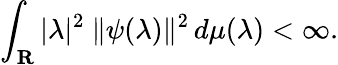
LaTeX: \int_{\mathbf{R}}|\lambda|^{2}\ \| \psi(\lambda)\| ^{2}\, d\mu(\lambda)<\infty.